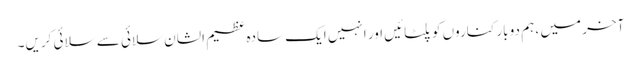
آخر میں ، ہم دو بار کناروں کو پلٹائیں اور انہیں ایک سادہ عظیم الشان سلائی سے سلائی کریں۔